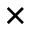
\times